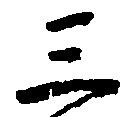
三